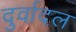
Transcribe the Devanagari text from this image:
दुर्वादल